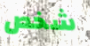
شخص